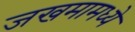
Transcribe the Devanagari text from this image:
जखमामध्ये